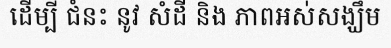
ដើម្បី ជំនះ នូវ សំដី និង ភាពអស់សង្ឃឹម